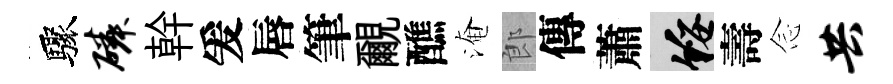
驟磷幹爰唇筆覼醮淹郎傳蕭綏壽𫝹共